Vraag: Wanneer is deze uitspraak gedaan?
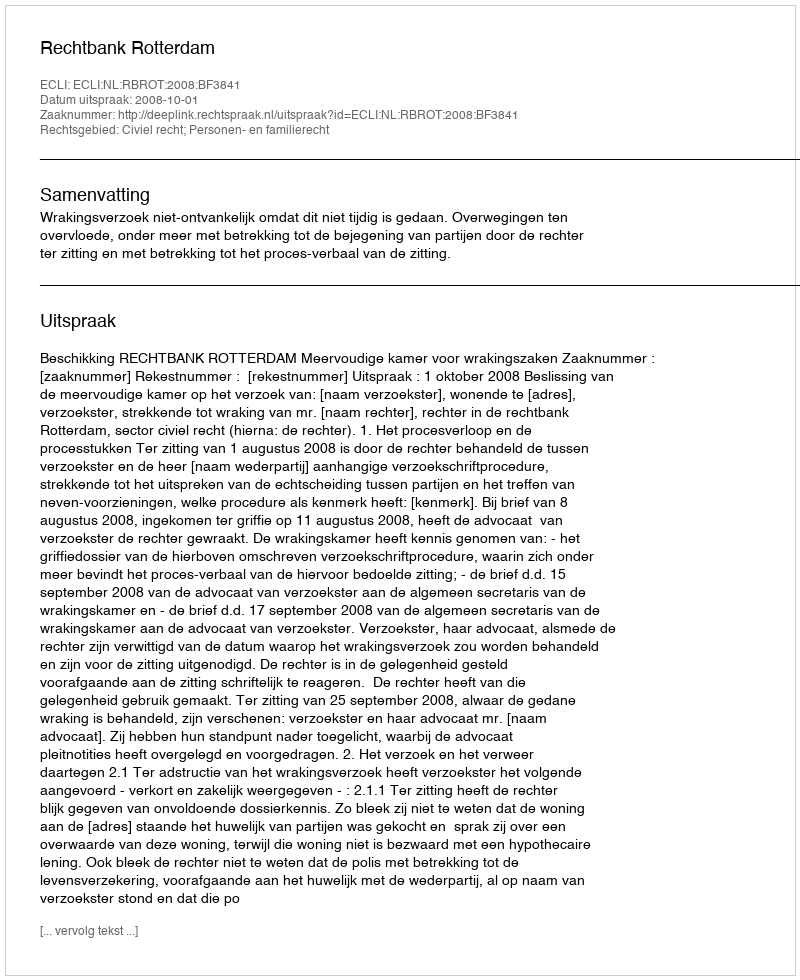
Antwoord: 2008-10-01